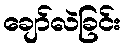
ချော်လဲခြင်း